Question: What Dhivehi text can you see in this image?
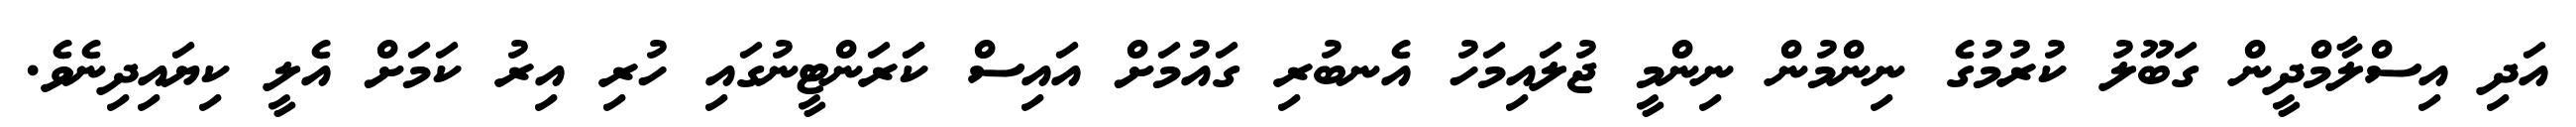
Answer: އަދި އިސްލާމްދީން ގަބޫލު ކުރުމުގެ ނިންމުން ނިންމީ ޖުލައިމަހު އެނބުރި ގައުމަށް އައިސް ކަަރަންޓީނުގައި ހުރި އިރު ކަމަށް އެލީ ކިޔައިދިނެވެ.